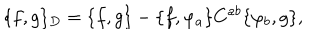
LaTeX: \{ f , g \} _ { D } = \{ f , g \} - \{ f , \varphi _ { a } \} C ^ { a b } \{ \varphi _ { b } , g \} ,